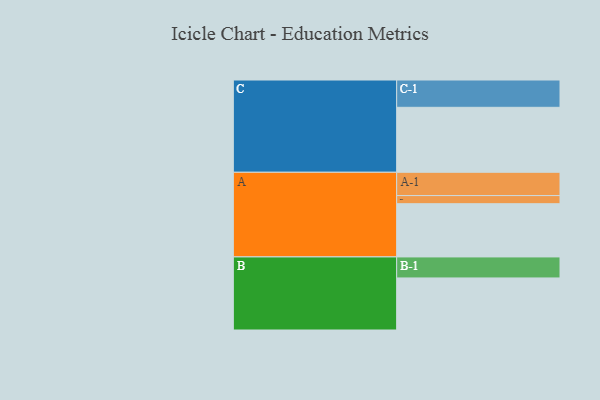
{"axis": {"x": "Segment", "y": "Value"}, "legend": ["", "A", "B", "C"], "data": [{"x": "A", "y": 413, "type": ""}, {"x": "B", "y": 404, "type": ""}, {"x": "C", "y": 504, "type": ""}, {"x": "A-1", "y": 181, "type": "A"}, {"x": "A-2", "y": 63, "type": "A"}, {"x": "B-1", "y": 163, "type": "B"}, {"x": "C-1", "y": 212, "type": "C"}]}